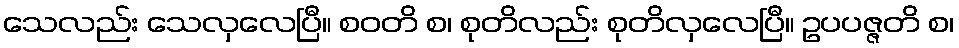
သေလည်း သေလှလေပြီ။ စဝတိ စ၊ စုတိလည်း စုတိလှလေပြီ။ ဥပပဇ္ဇတိ စ၊